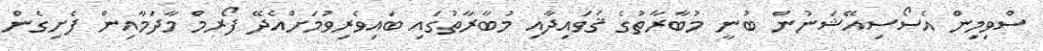
ސްވިމިން އެސޯސިއޭޝަނުން ބުނީ މުބާރާތުގެ ޤަވައިދާއި މުބާރާތުގައި ބައިވެރިވުމަށްއެދޭ ފޯރމް މާދަމާއިން ފެށިގެން